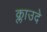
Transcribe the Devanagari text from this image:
क्लाउदे